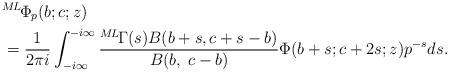
LaTeX: \begin{align*} &{}^{M\!L\!}{\Phi}_{p}(b;c;z)& \\ & = \frac{1}{2\pi i} \int_{-i\infty}^{-i\infty}\frac{{}^{M\!L\!}\Gamma(s)B(b+s,c+s-b)}{B(b,\; c-b)} \Phi(b+s;c+2s;z)p^{-s}ds.&\end{align*}